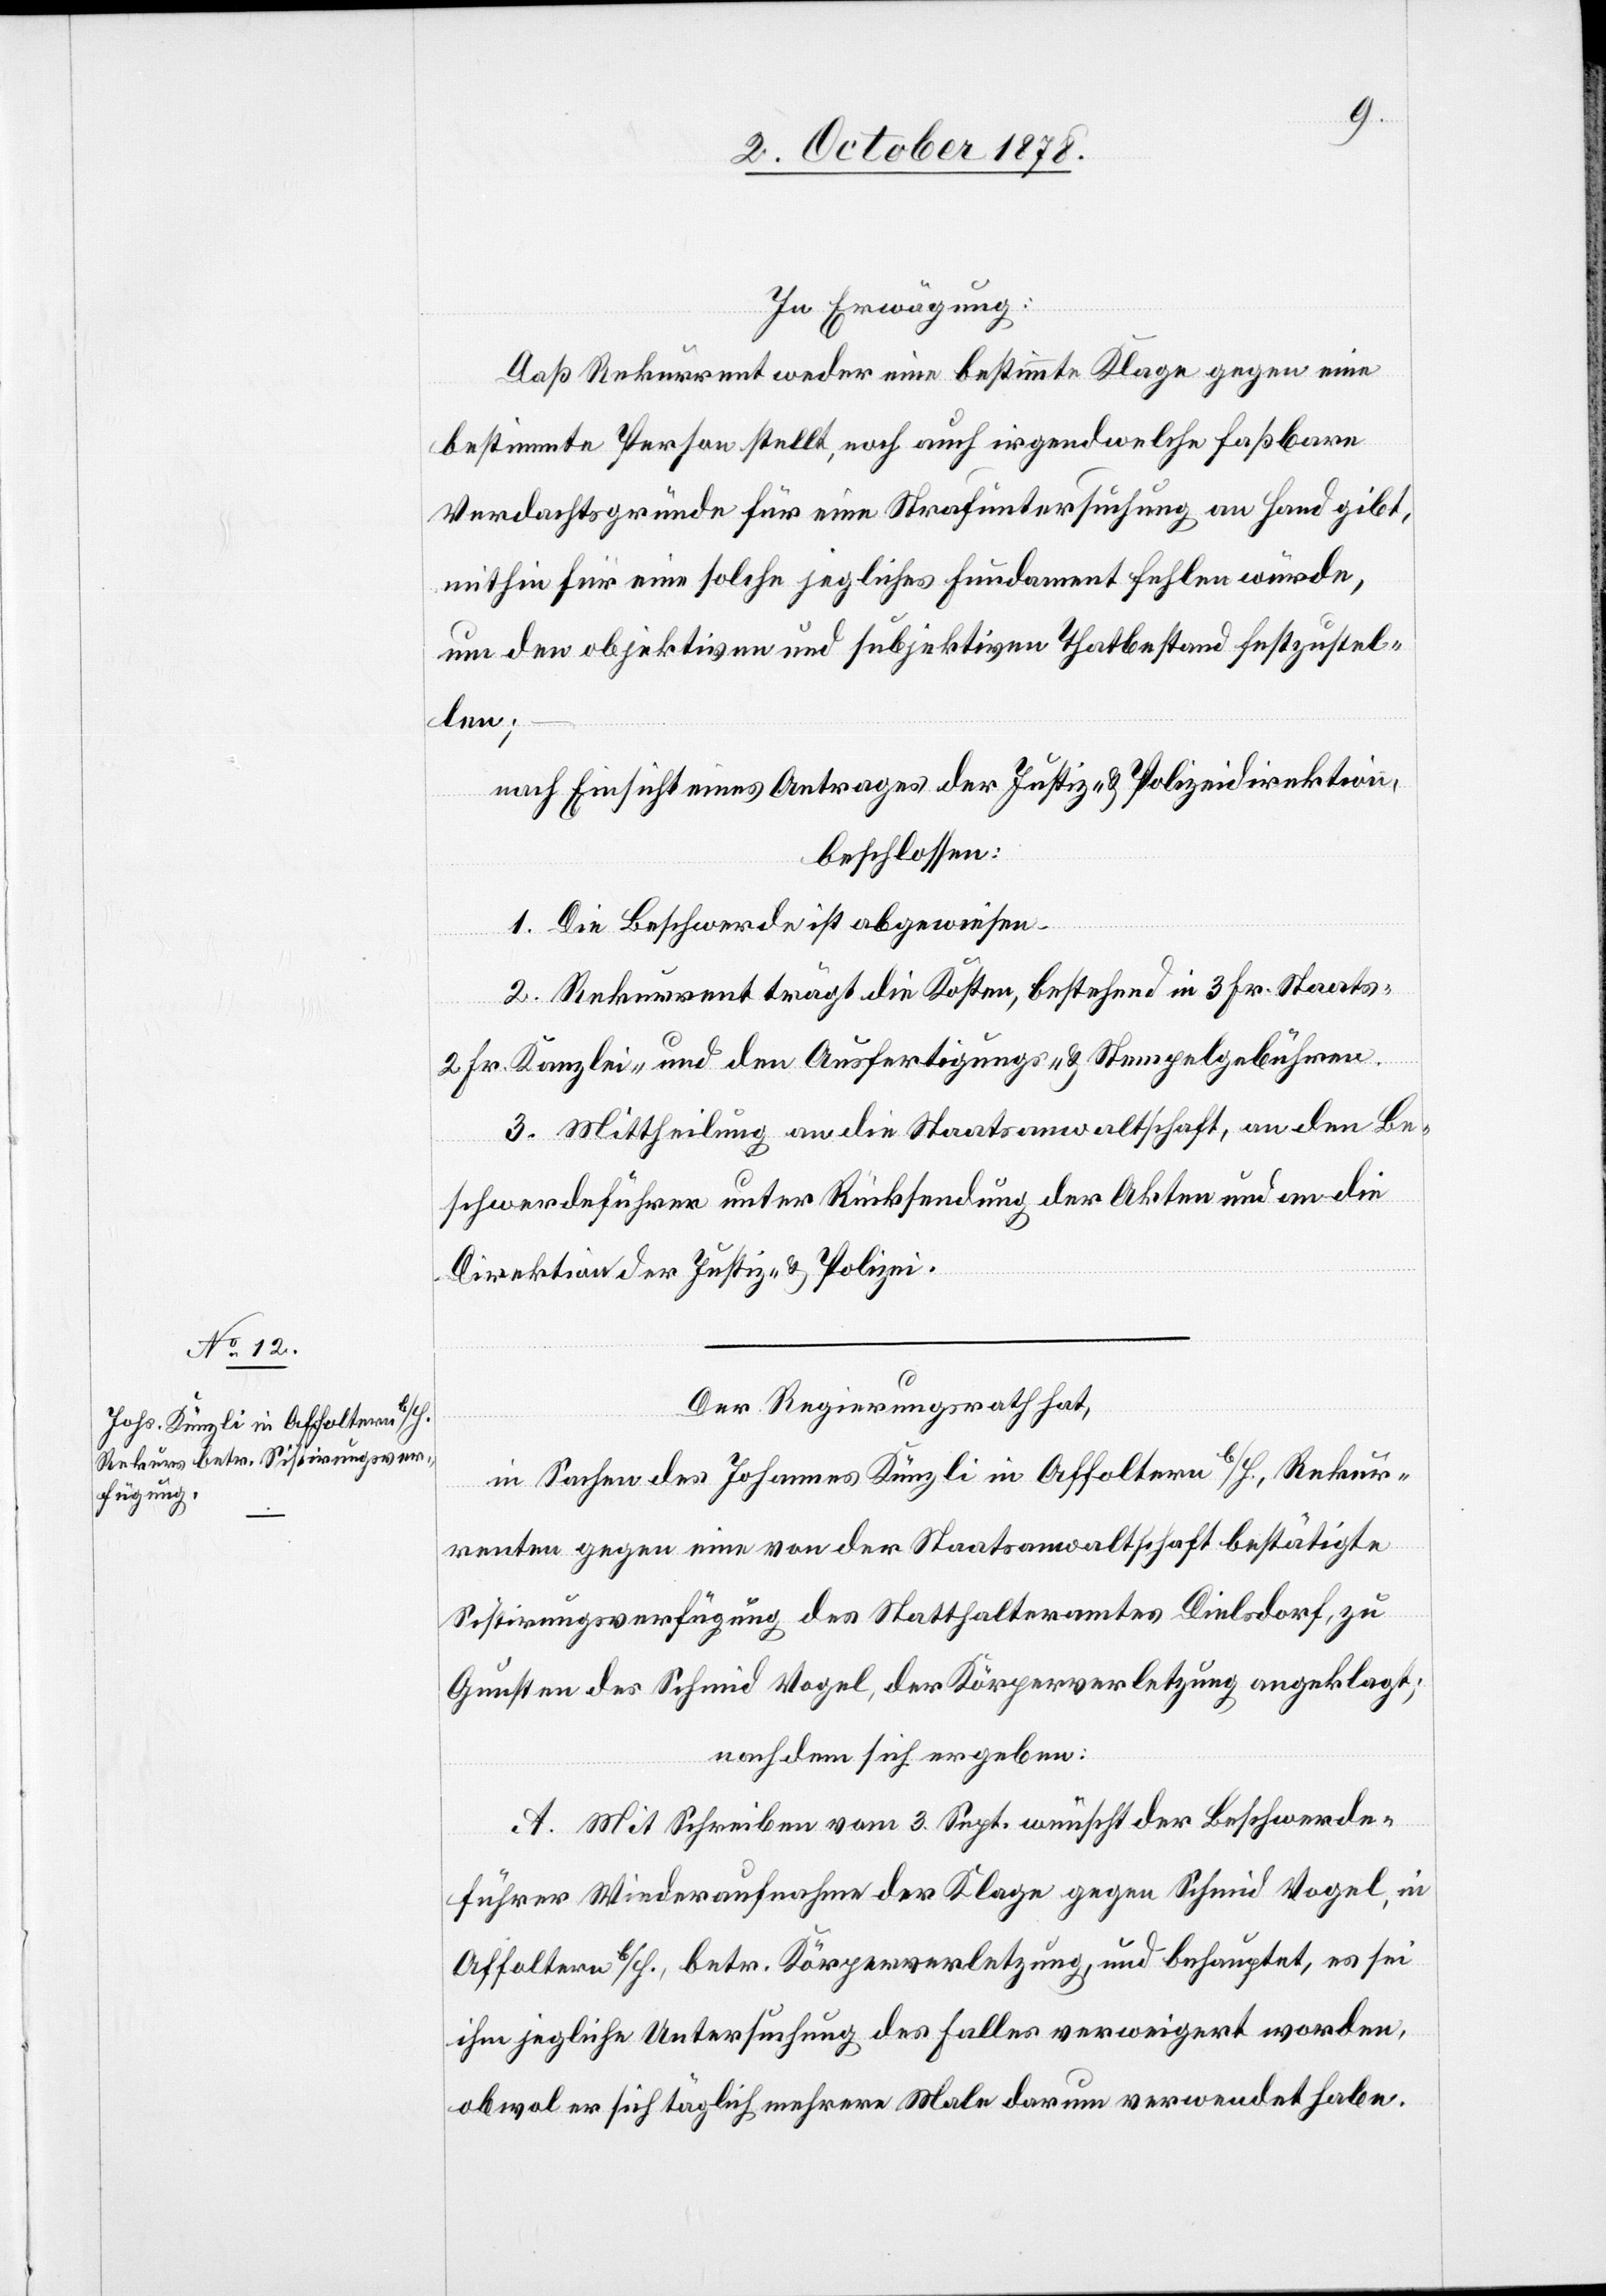
In Erwägung:
Daß Rekurrent weder eine bestimmte Klage gegen eine
bestimmte Person selbst, noch auch irgendwelche fassbare
Verdachtsgründe für eine Strafuntersuchung an Hand gibt,
mithin für eine solche jegliches Fundament fehlen würde,
um den objektiven und subjektiven Thatbestand festzustel¬
len;
nach Einsicht eines Antrages der Justiz- & Polizeidirektion,
beschlossen:
1. Die Beschwerde ist abgewiesen.
2. Rekurrent trägt die Kosten, bestehend in 3 Fr. Staats-[,]
2 Fr. Kanzlei- und den Ausfertigungs- und Stempelgebühren.
3. Mittheilung an die Staatsanwaltschaft, an den Be¬
schwerdeführer unter Rücksendung der Akten und an die
Direktion der Justiz & Polizei.
Der Regierungsrath hat,
in Sachen des Johannes Künzli in Affoltern b/H., Rekur¬
renten gegen eine von der Staatsanwaltschaft bestätigte
Sistirungsverfügung des Statthalteramtes Dielsdorf, zu
Gunsten des Schmid Vogel, der Körperverletzung angeklagt;
nachdem sich ergeben:
A. Mit Schreiben vom 3. Sept. wünscht der Beschwerde¬
führer Wiederaufnahme der Klage gegen Schmid Vogel, in
Affoltern b/H., betr. Körperverletzung und behauptet, es sei
ihm jegliche Untersuchung des Falles verweigert worden,
obwol er sich täglich mehrere Male darum verwendet habe.